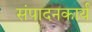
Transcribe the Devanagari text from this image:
संपादनकार्य